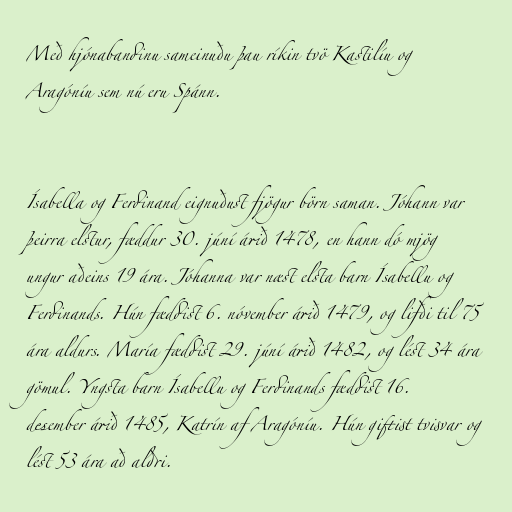
Með hjónabandinu sameinuðu þau ríkin tvö Kastilíu og
Aragóníu sem nú eru Spánn.

Ísabella og Ferdinand eignuðust fjögur börn saman. Jóhann var
þeirra elstur, fæddur 30. júní árið 1478, en hann dó mjög
ungur aðeins 19 ára. Jóhanna var næst elsta barn Ísabellu og
Ferdinands. Hún fæddist 6. nóvember árið 1479, og lifði til 75
ára aldurs. María fæddist 29. júní árið 1482, og lést 34 ára
gömul. Yngsta barn Ísabellu og Ferdinands fæddist 16.
desember árið 1485, Katrín af Aragóníu. Hún giftist tvisvar og
lést 53 ára að aldri.